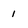
Character: 1